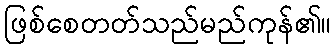
ဖြစ်စေတတ်သည်မည်ကုန်၏။